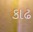
કાઢ